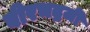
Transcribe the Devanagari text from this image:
वीरभद्रजी